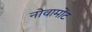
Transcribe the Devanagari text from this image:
नोवामोंट